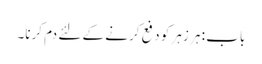
باب : ہر زہر کو دفع کرنے کے لئے دم کرنا۔